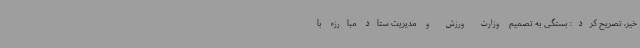
خیر، تصریح کرد: بستگی به تصمیم وزارت ورزش و مدیریت ستاد مبارزه با